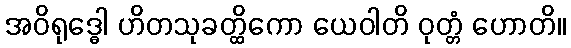
အဝိရုဒ္ဓေါ ဟိတသုခတ္ထိကော ယေဝါတိ ဝုတ္တံ ဟောတိ။